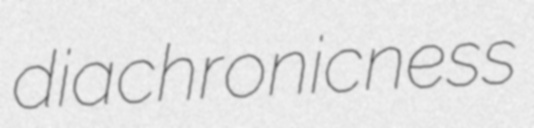
diachronicness